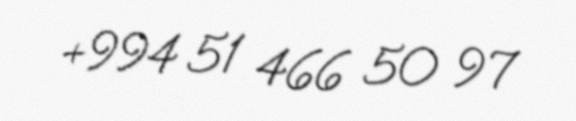
+994 51 466 50 97